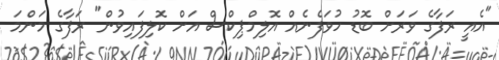
"އެއީ ރަފާގެ ވަރަށް ބޮޑު ހުވަފެނެއް އޮލިމްޕިކްސް އަށް ކޮލިފައިވުން" ރަފާގެ މަންމަ